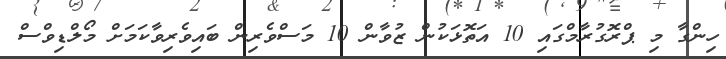
ހިންގާ މި ޕްރޮގުރާމްގައި 10 އަތޮޅަކުން ޒުވާން 10 މަސްވެރިން ބައިވެރިވާކަމަށް މޯލްޑިވްސް